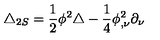
\triangle _ { 2 S } = \frac { 1 } { 2 } \phi ^ { 2 } \triangle - \frac { 1 } { 4 } \phi _ { , \nu } ^ { 2 } \partial _ { \nu }